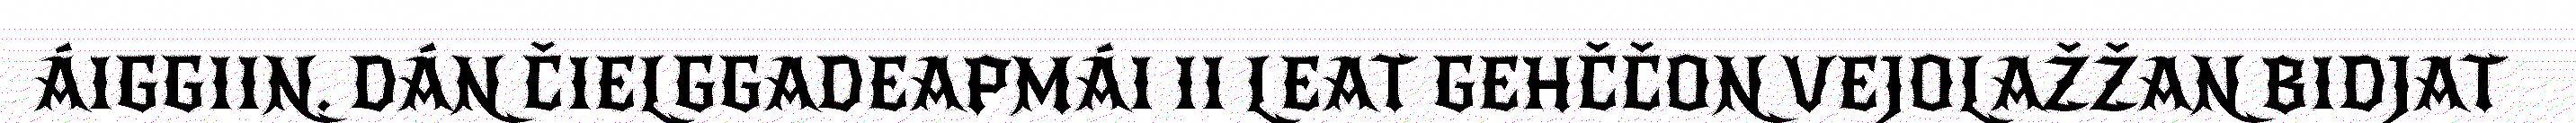
ÁIGGIIN. DÁN ČIELGGADEAPMÁI II LEAT GEHČČON VEJOLAŽŽAN BIDJAT